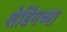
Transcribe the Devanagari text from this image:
शेडिंगच्या